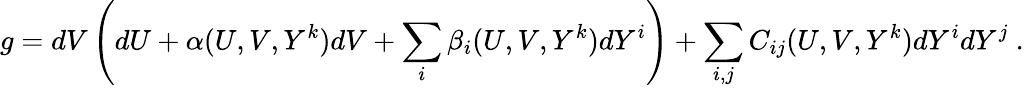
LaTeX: g=dV\left(dU+\alpha(U,V,Y^{k})dV+\sum_{i}\beta_{i}(U,V,Y^{k})dY^{i}\right)+\sum_{i,j}C_{ij}(U,V,Y^{k})dY^{i}dY^{j}~.